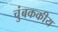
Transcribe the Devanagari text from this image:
चुंबककीय